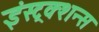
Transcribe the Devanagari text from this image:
इंस्ट्रक्शन्स